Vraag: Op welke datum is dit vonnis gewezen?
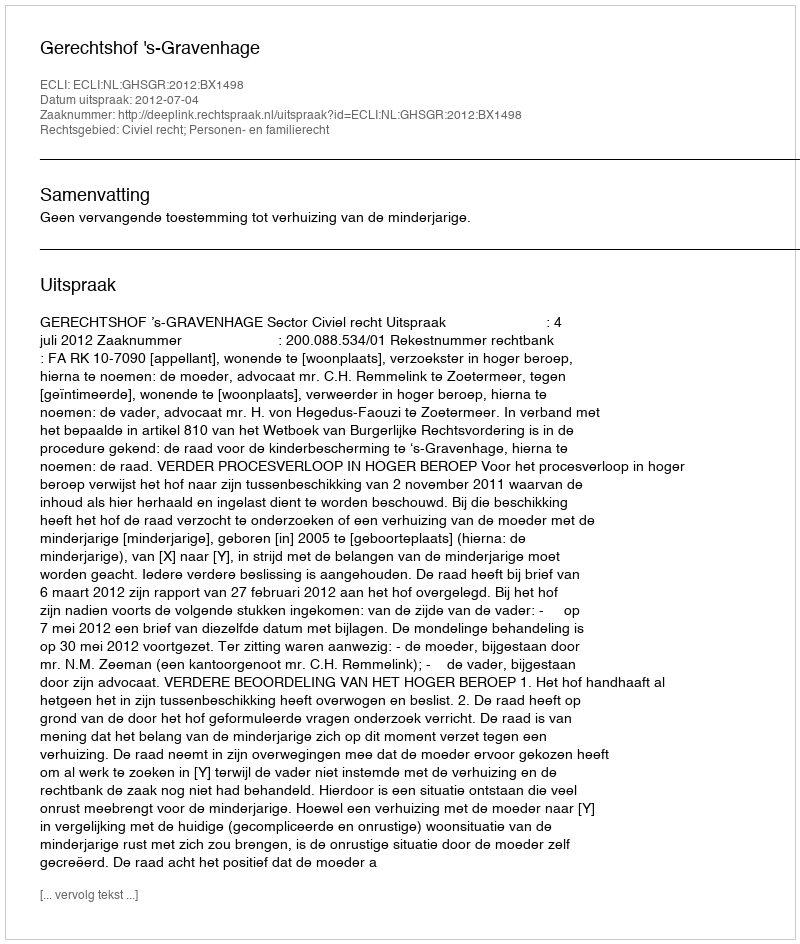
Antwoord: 2012-07-04